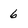
Character: 6